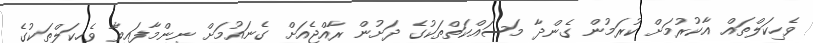
ވެހިކަލްތައް އާކުރުމަށް ކުރަމުން ގެންދާ މަސައްކަތްތަކުގެ ދަށުން ރާއްޖެއަށް ގެނައުމަށް ނިންމާފައިވާ ވެހިކަލްތަކުގެ